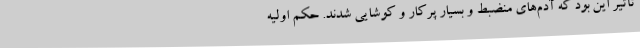
تأثیر این بود که آدم‌های منضبط و بسیار پرکار و کوشایی شدند. حکم اولیه